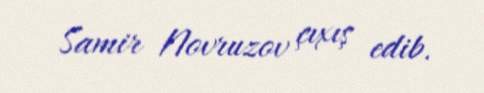
Samir Novruzov çıxış edib.